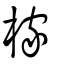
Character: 榢